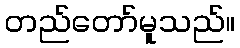
တည်တော်မူသည်။